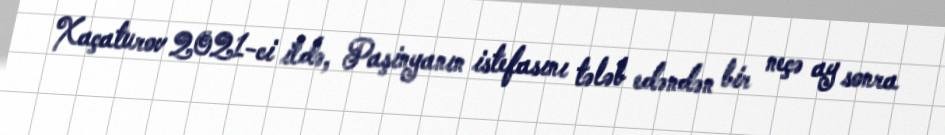
Xaçaturov 2021-ci ildə, Paşinyanın istefasını tələb edəndən bir neçə ay sonra